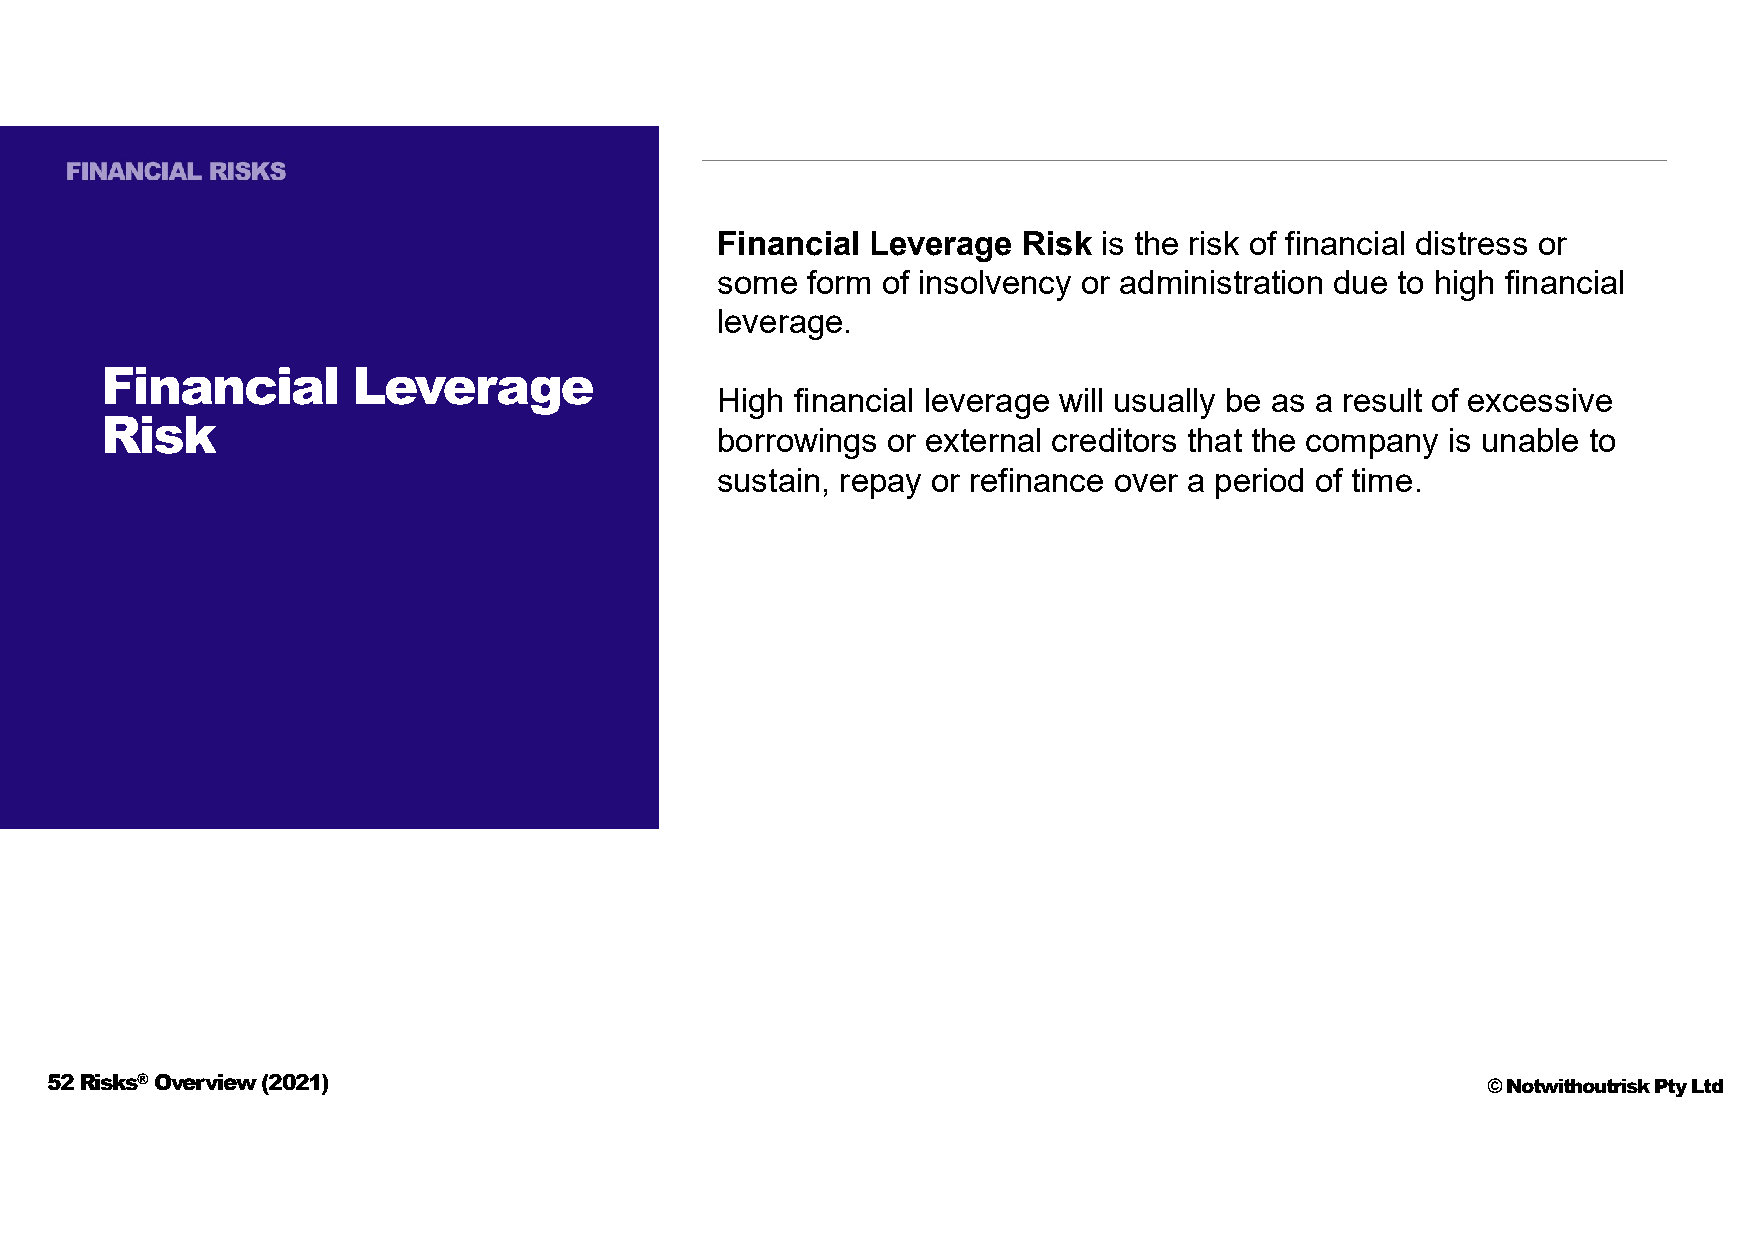
Financial Leverage   Risk is the risk of financial distress or
 some  form of insolvency or administration due to high financial
 leverage.
 Financial       Leverage
 High  financial leverage will usually be as a result of excessive
 Risk
 borrowings  or external creditors that the company is unable to
 sustain, repay or refinance over a period of time.
 52 Risks®Overview (2021)                                                                       © Notwithoutrisk Pty Ltd